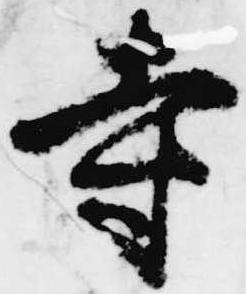
寺